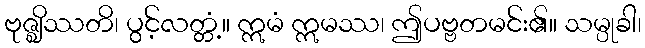
ဗုဇ္ဈိဿတိ၊ ပွင့်လတ္တံ့။ ဣမံ ဣမဿ၊ ဤပဗ္ဗတမင်း၏။ သမ္ပုခါ၊